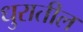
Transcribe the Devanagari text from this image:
धुरातील